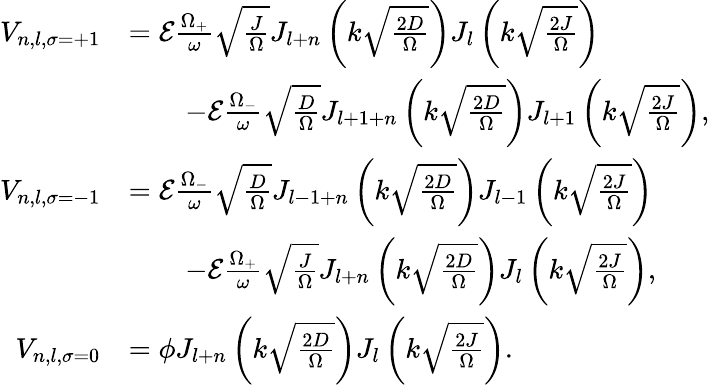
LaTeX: \begin{array}{rl}{V_{n,l,\sigma=+1}}&{=\mathcal{E}\frac{\Omega_{+}}{\omega}\sqrt{\frac{J}{\Omega}}J_{l+n}\left(k\sqrt{\frac{2D}{\Omega}}\right)J_{l}\left(k\sqrt{\frac{2J}{\Omega}}\right)}\\ &{\qquad-\mathcal{E}\frac{\Omega_{-}}{\omega}\sqrt{\frac{D}{\Omega}}J_{l+1+n}\left(k\sqrt{\frac{2D}{\Omega}}\right)J_{l+1}\left(k\sqrt{\frac{2J}{\Omega}}\right),}\\ {V_{n,l,\sigma=-1}}&{=\mathcal{E}\frac{\Omega_{-}}{\omega}\sqrt{\frac{D}{\Omega}}J_{l-1+n}\left(k\sqrt{\frac{2D}{\Omega}}\right)J_{l-1}\left(k\sqrt{\frac{2J}{\Omega}}\right)}\\ &{\qquad-\mathcal{E}\frac{\Omega_{+}}{\omega}\sqrt{\frac{J}{\Omega}}J_{l+n}\left(k\sqrt{\frac{2D}{\Omega}}\right)J_{l}\left(k\sqrt{\frac{2J}{\Omega}}\right),}\\ {V_{n,l,\sigma=0}}&{=\phi J_{l+n}\left(k\sqrt{\frac{2D}{\Omega}}\right)J_{l}\left(k\sqrt{\frac{2J}{\Omega}}\right).}\end{array}